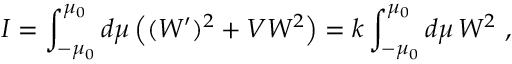
I = \int _ { - \mu _ { 0 } } ^ { \mu _ { 0 } } d \mu \left( ( W ^ { \prime } ) ^ { 2 } + V W ^ { 2 } \right) = k \int _ { - \mu _ { 0 } } ^ { \mu _ { 0 } } d \mu \, W ^ { 2 } \ ,